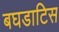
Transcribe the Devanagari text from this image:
बघडाटिस